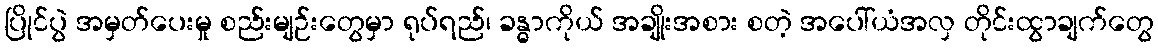
ပြိုင်ပွဲ အမှတ်ပေးမှု စည်းမျဉ်းတွေမှာ ရုပ်ရည်၊ ခန္ဓာကိုယ် အချိုးအစား စတဲ့ အပေါ်ယံအလှ တိုင်းထွာချက်တွေ